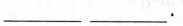
___.